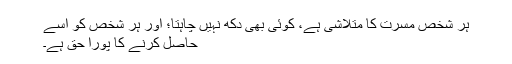
ہر شخص مسرت کا متلاشی ہے، کوئی بھی دکھ نہیں چاہتا؛ اور ہر شخص کو اسے
حاصل کرنے کا پورا حق ہے۔